Haapsalu_Metskond, lk 8
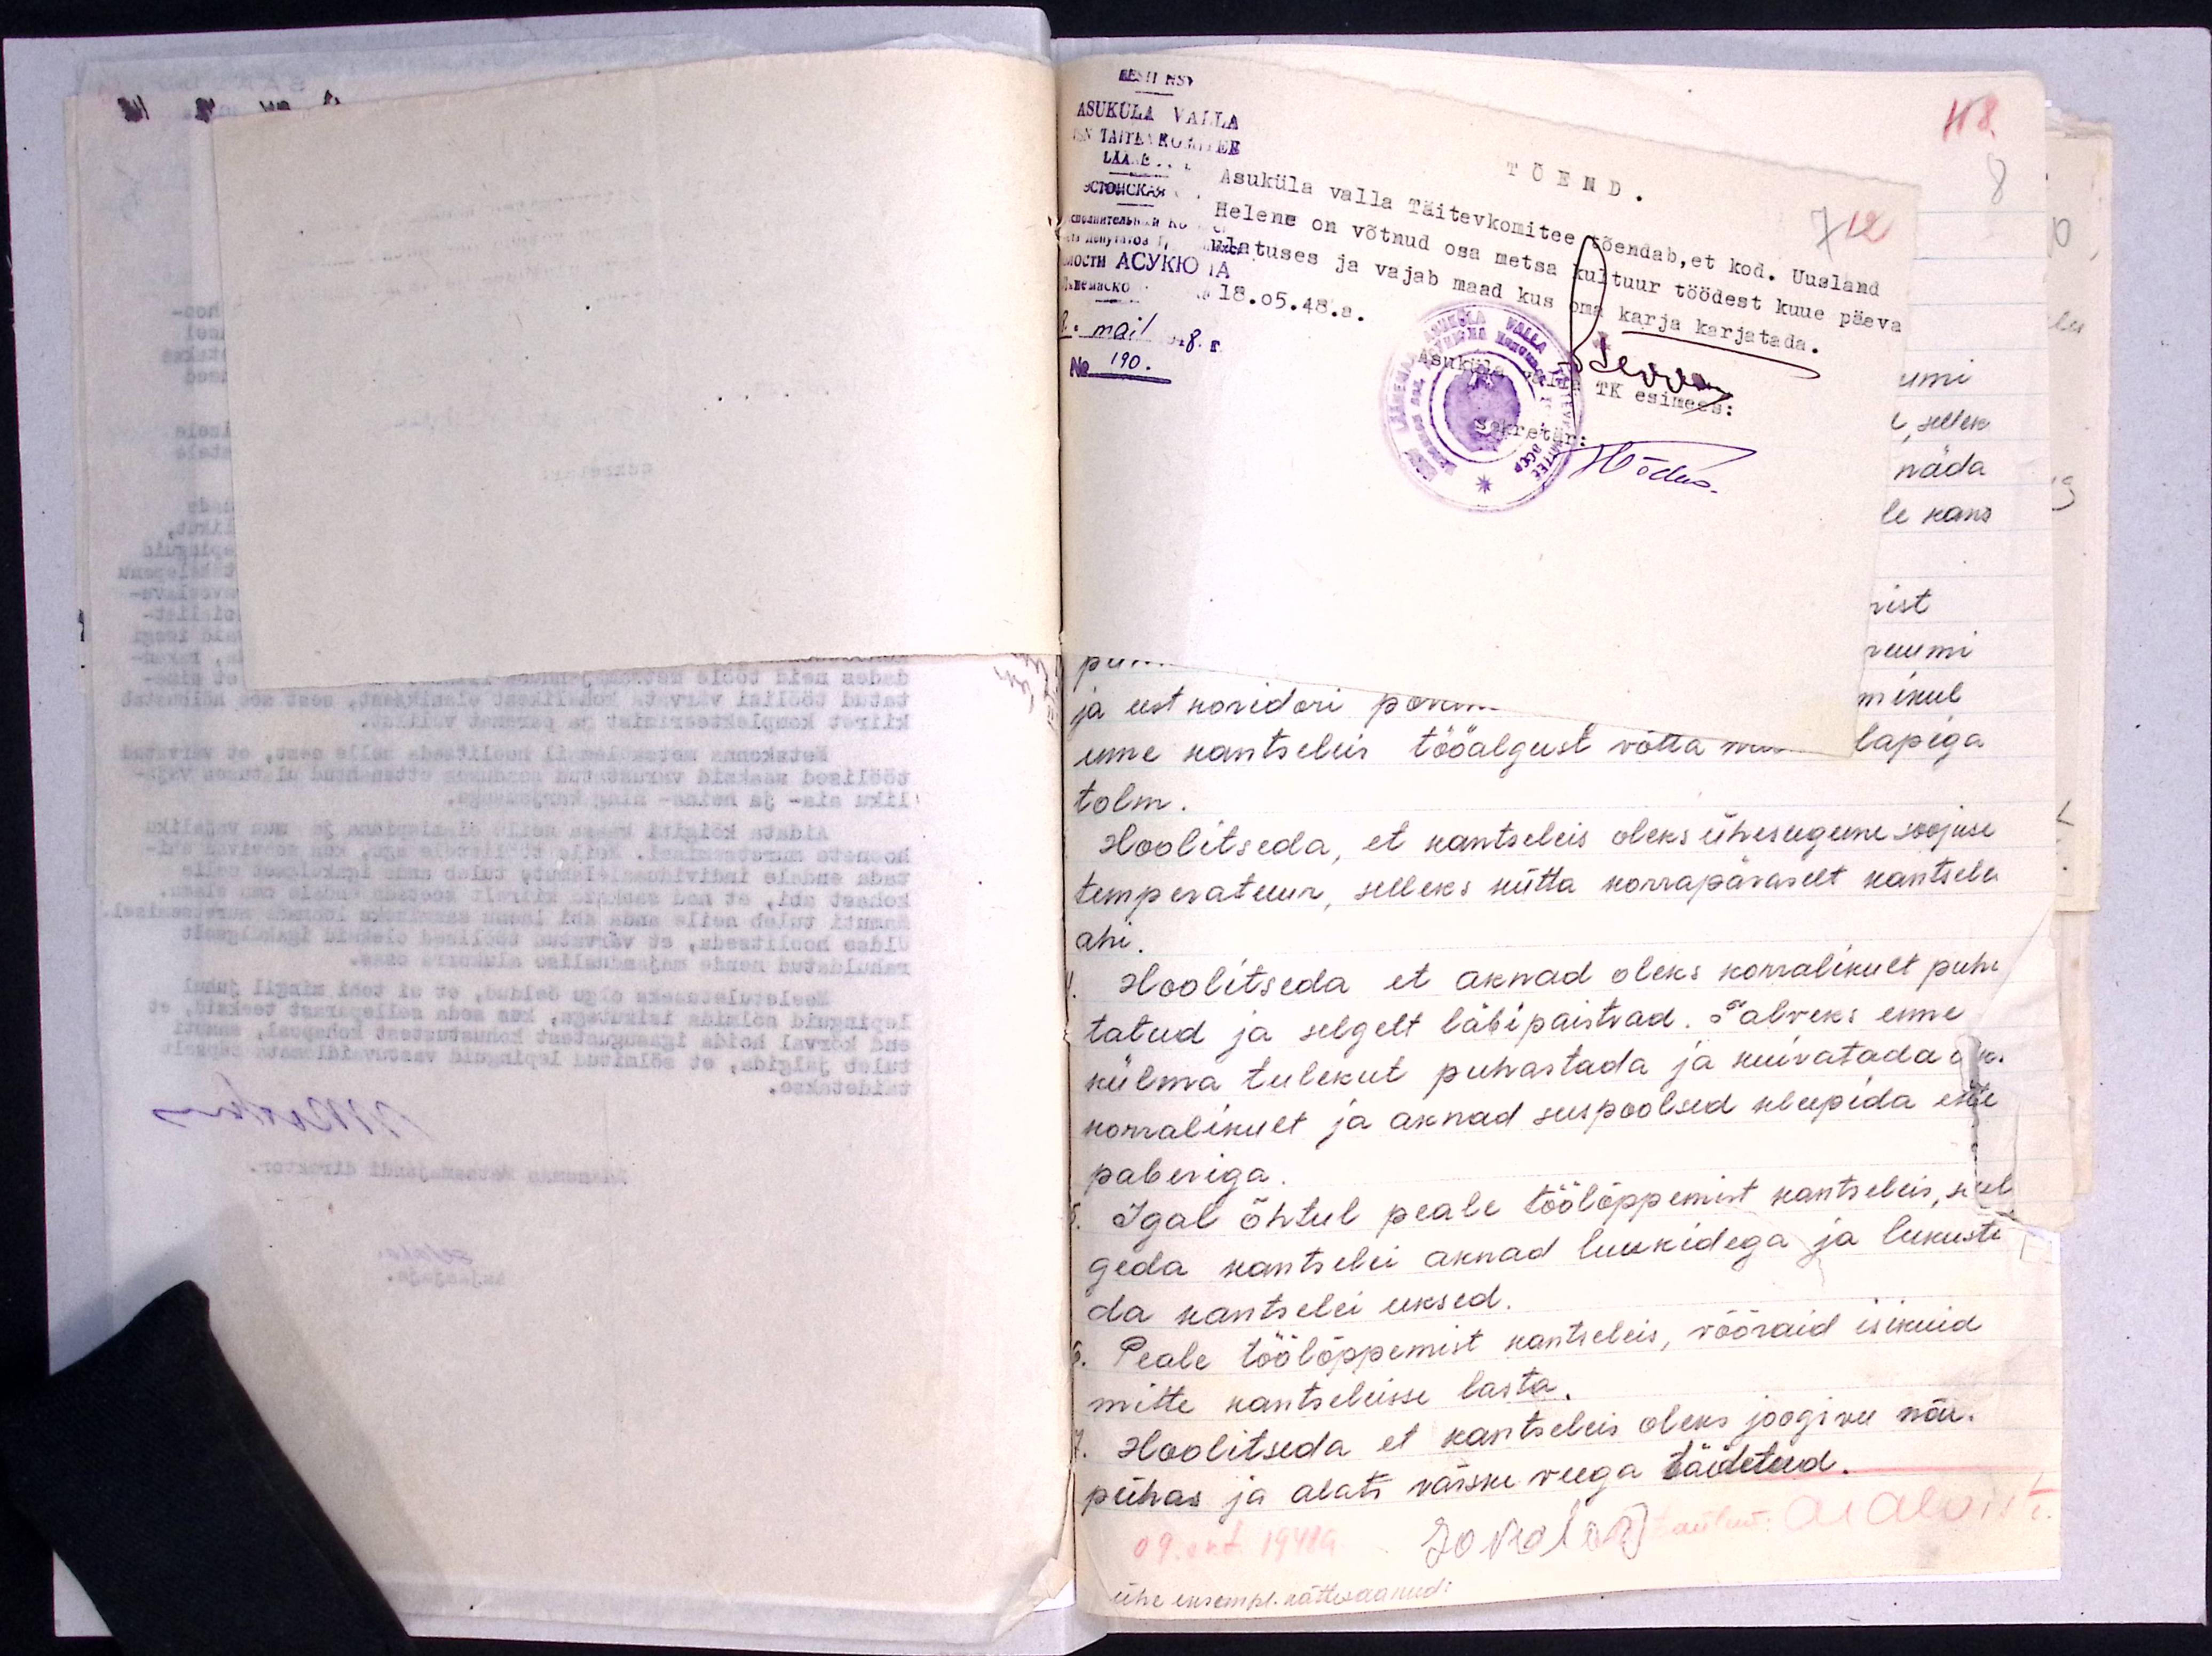
EESTI NSV
ASUKÜLA VALLA
KN TÄITEVKOMITEE
TÕEND.
Asuküla valla Täitevkomitee tõendab, et kod. Uusland
Helene on võtnud osa metsa kultuur töödest kuue päeva
ulatuses ja vajab maad kus oma karja karjatada.
18.05.48.a.
No 190.
Asuküla valla TK  esimees:
Sekretär: